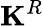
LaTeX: \mathbf{K}^{R}